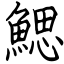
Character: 鰓